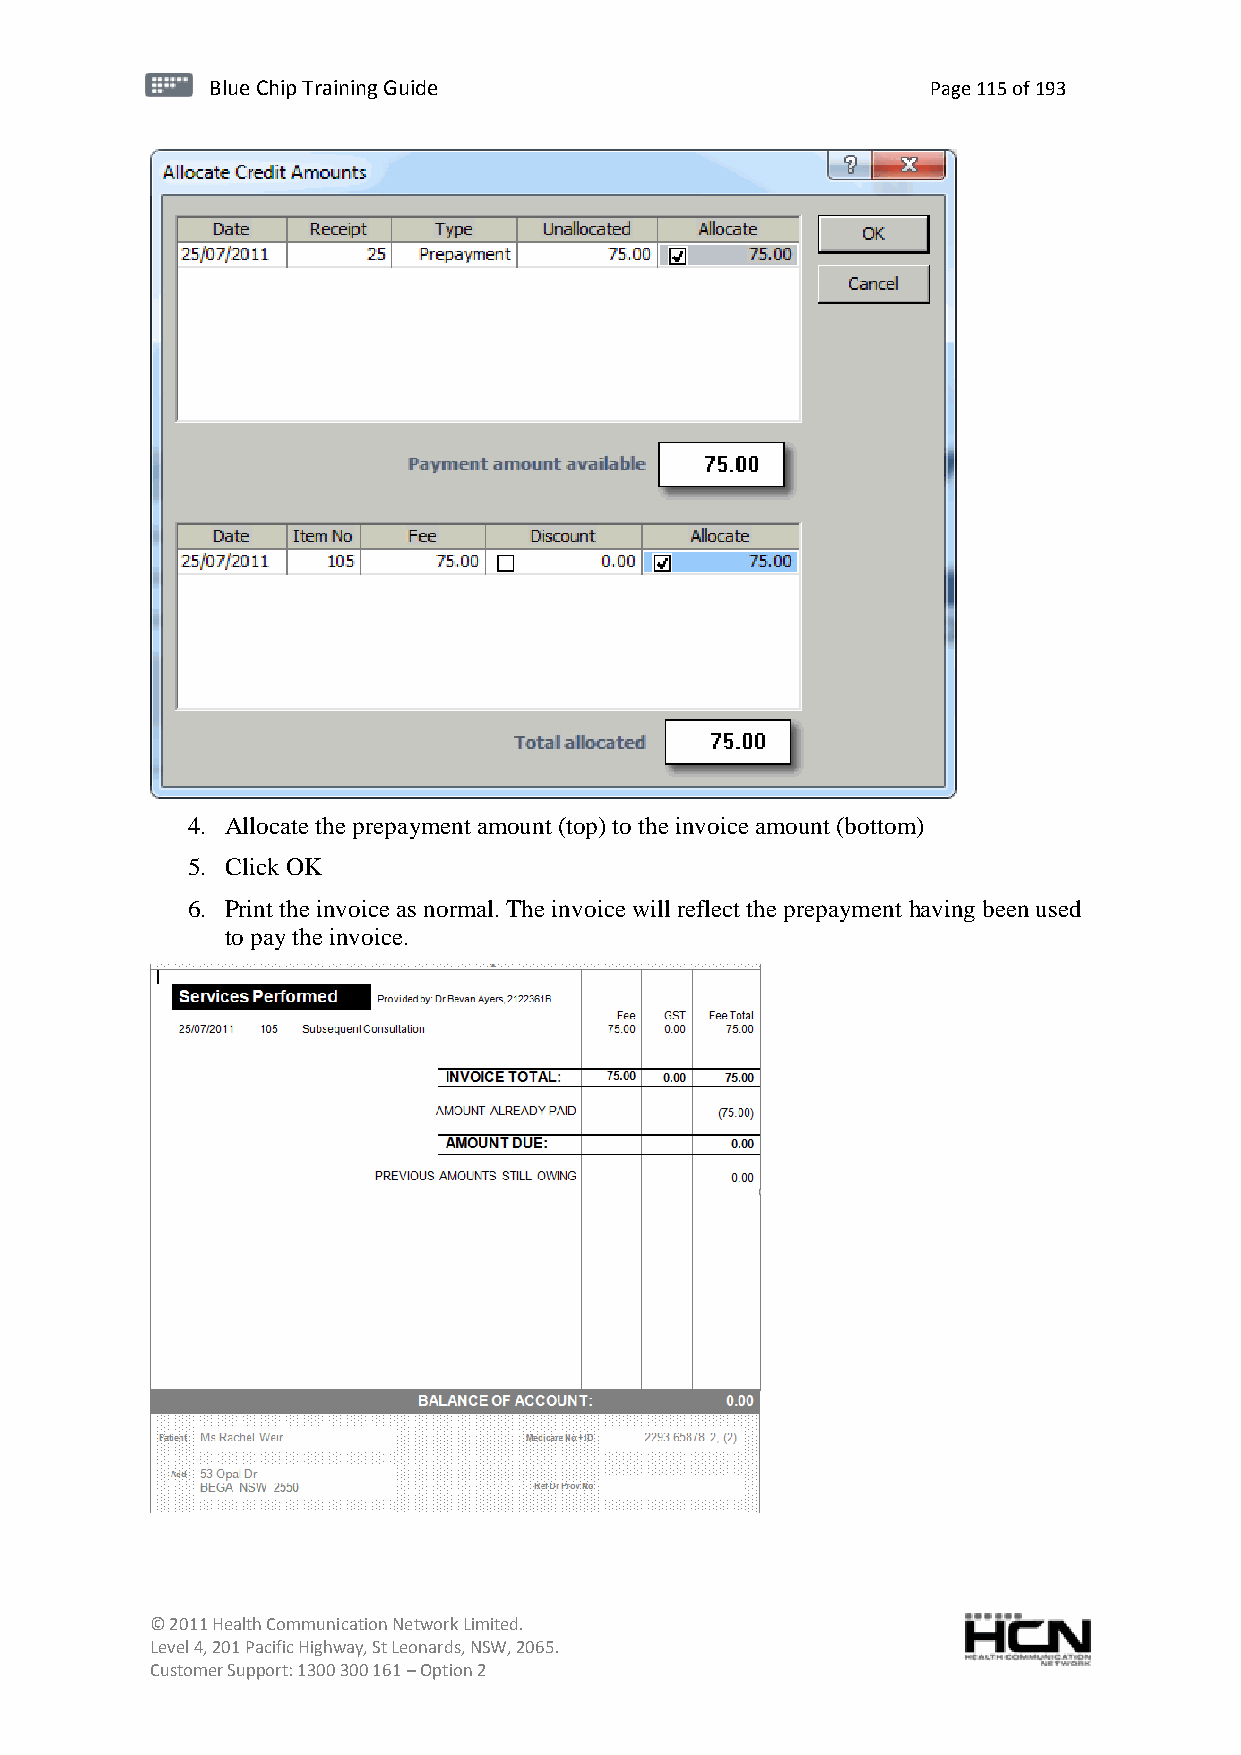
BBlluuee C Chihpi pTr Tairnainingi Gnugi dGeu ide Page 115 of 193
 4. Allocate the prepayment amount (top) to the invoice amount (bottom)
 5. Click OK
 6. Print the invoice as normal. The invoice will reflect the prepayment having been used
 to pay the invoice.
 © 2011 Health Communication Network Limited.
 Level 4, 201 Pacific Highway, St Leonards, NSW, 2065.
 Customer Support: 1300 300 161 – Option 2